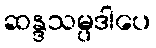
ဆန္ဒသမ္ပဒါပေ